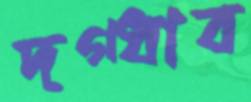
দগ্ধাব